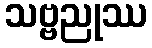
သဗ္ဗညုဿ